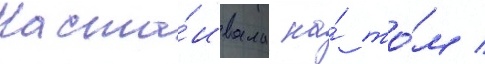
наста́ивала на́ то́м /